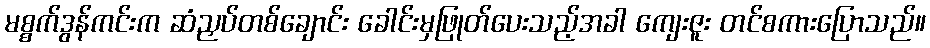
မစ္စက်ဒွန်ကင်းက ဆံညှပ်တစ်ချောင်း ခေါင်းမှဖြုတ်ပေးသည့်အခါ ကျေးဇူး တင်စကားပြောသည်။